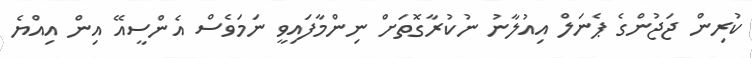
ކުރިން ޖަޖުންގެ ޕެނަލް އިއުލާނު ނުކުރާގޮތަށް ނިންމާފައިވީ ނަމަވެސް އެންސީއޭ އިން އިއްޔެ